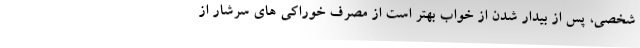
شخصی، پس از بیدار شدن از خواب بهتر است از مصرف خوراکی های سرشار از